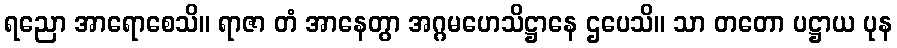
ရညော အာရောစေသိ။ ရာဇာ တံ အာနေတွာ အဂ္ဂမဟေသိဋ္ဌာနေ ဌပေသိ။ သာ တတော ပဋ္ဌာယ ပုန